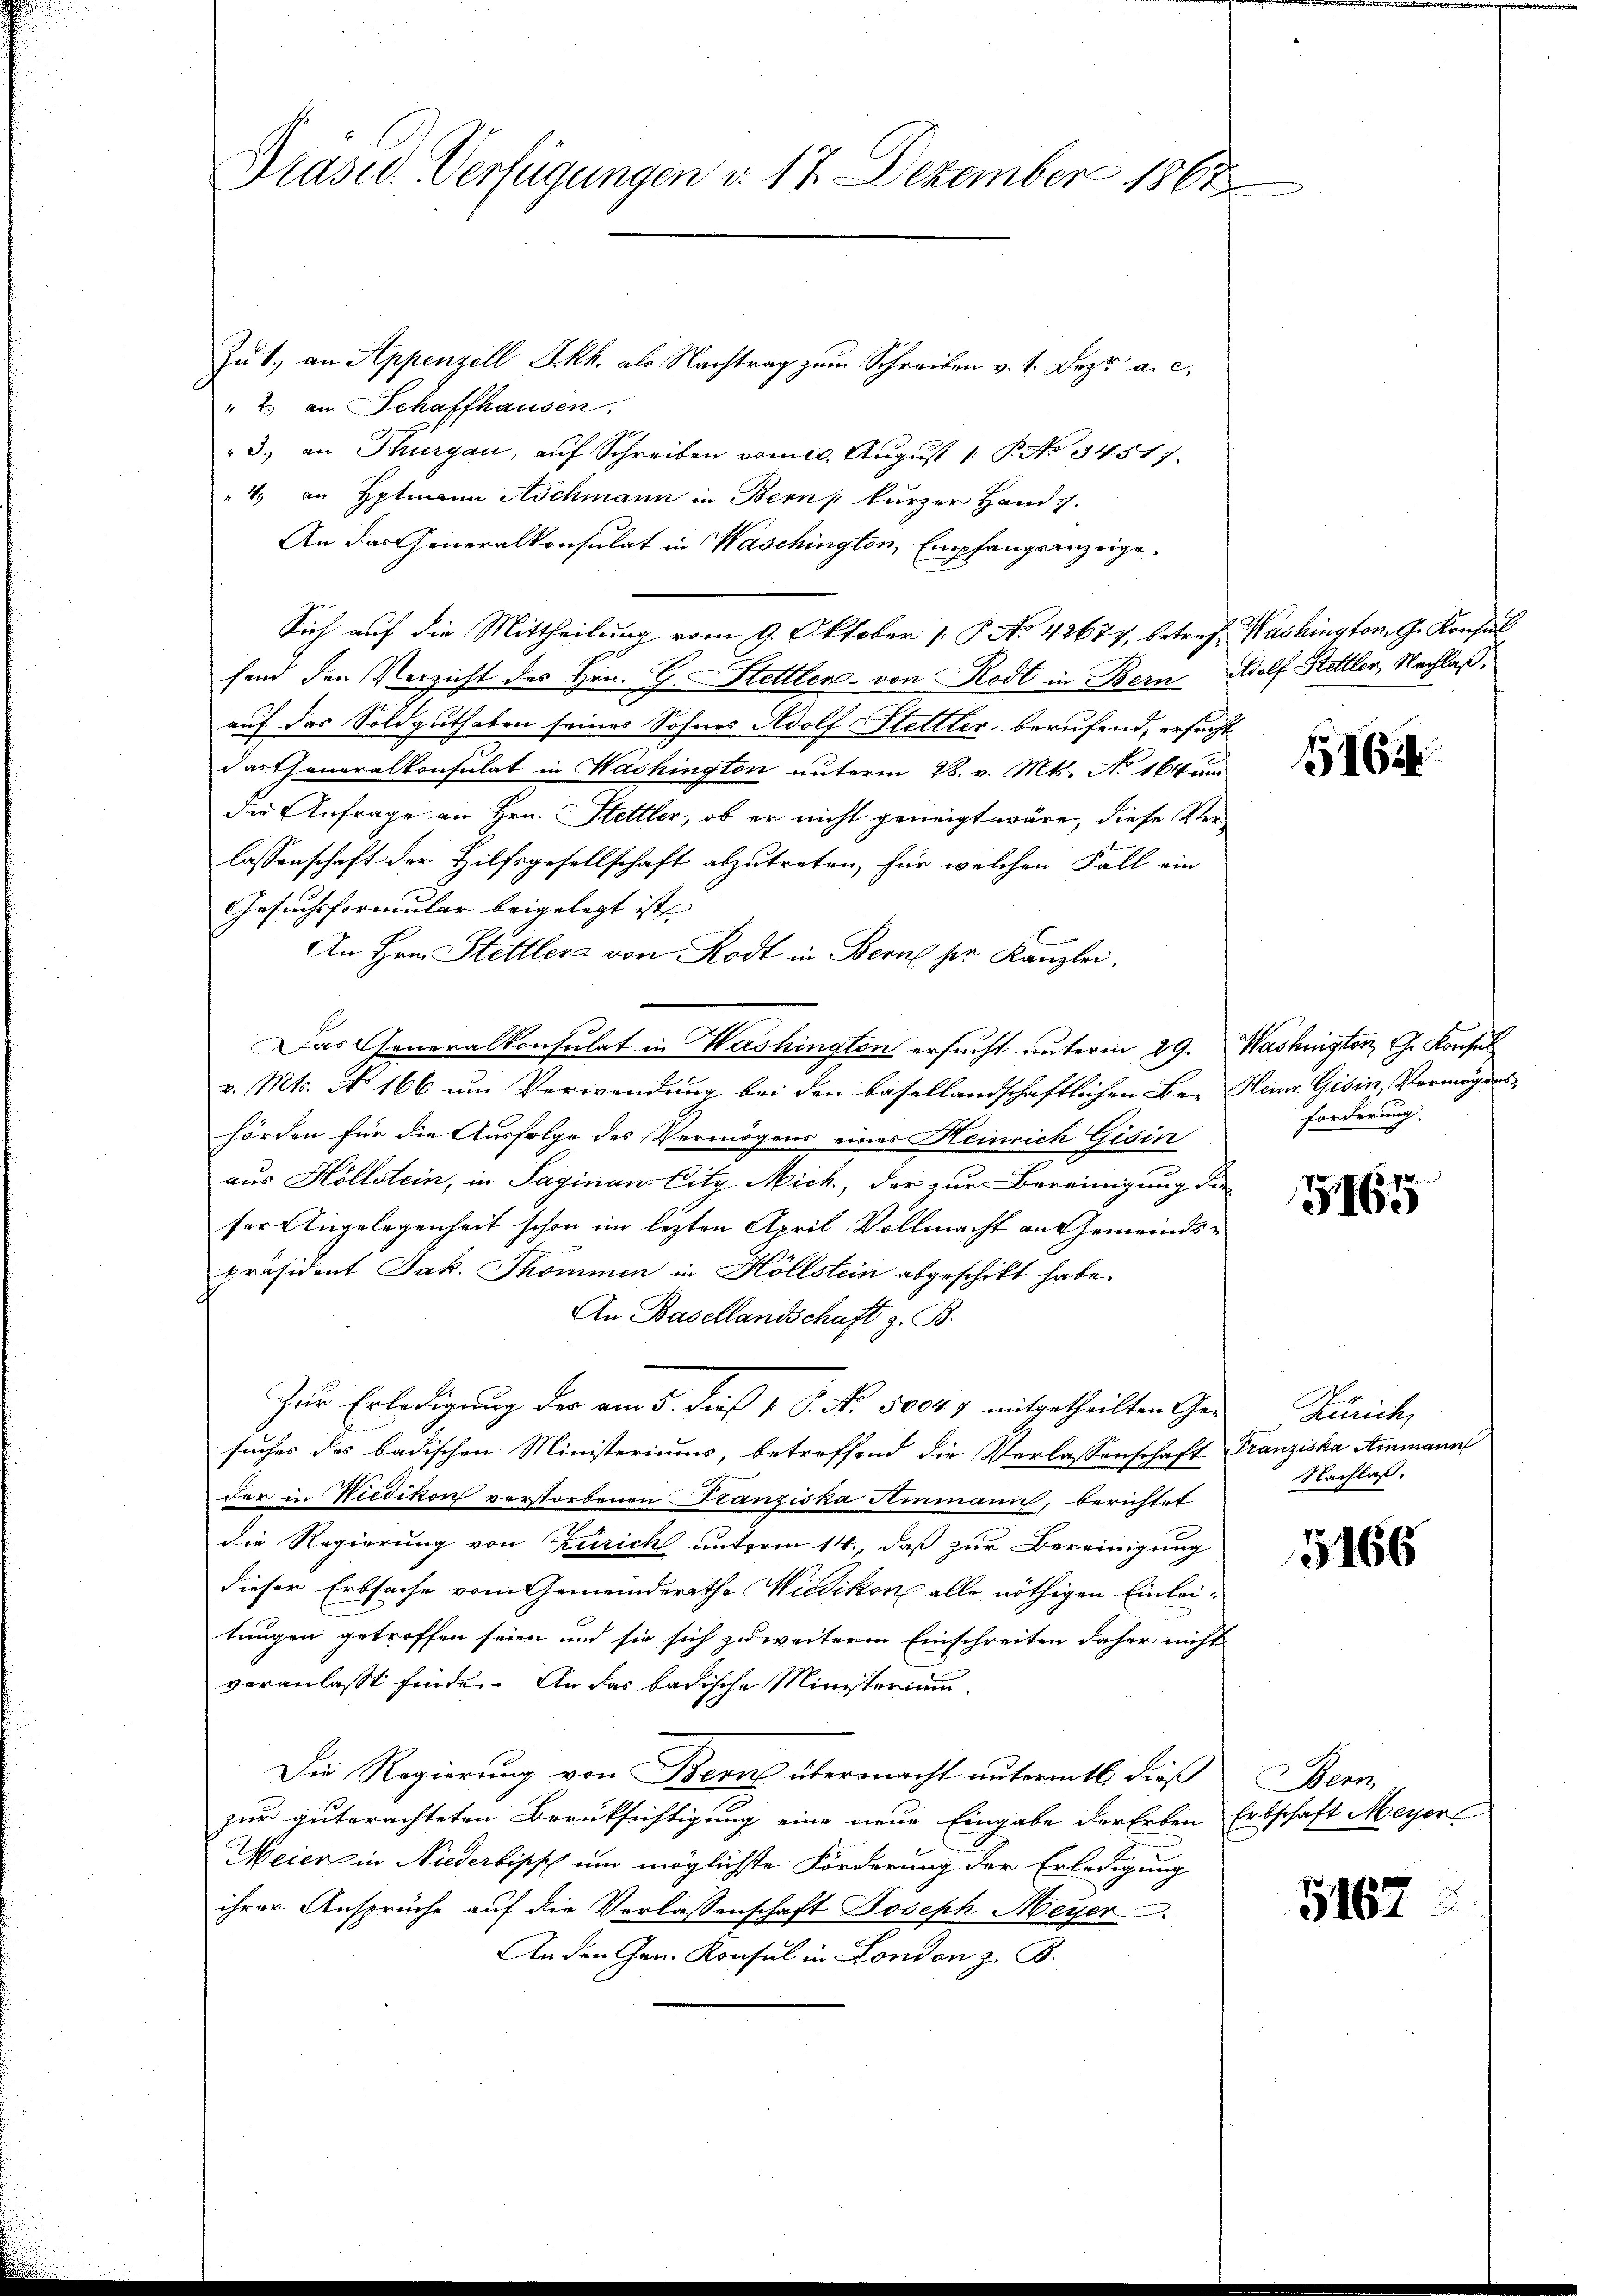
Präsid. Verfügungen d. 17. Dezember 1862

Zu 1. an Appenzell I.Rh. als Nachtrag zum Schreiben v. 1. Dez. a. c.
" 2. an Schaffhausen.
3. an Thurgau, auf Schreiben vom 20. August 1. P. No 3451).
" 4. an Hptmann Aschmann in Bern, kurzer Hand
An das Generalkonsulat in Waschington, Empfangsanzeige¬
Sich auf die Mittheilung vom 9. Oktober 1 P. No 42677, betreff Washington G. Konsul
fend den Verzicht des Hrn. G. Stettler von Rodt in Bern Adolf Hettler, Nachlaß,
auf das Soldguthaben seines Sohnes Adolf Hettler, berufend, ersucht
das Theneralkonsulat in Washington unterm 28. v. Mts. No 164 um
Die Anfrage an Hrn. Stettler, ob er nicht geneigt wäre, diese Verlassenschaft der Hilfsgesellschaft abzutreten, für welchen Fall ein
Gesuchsformular beigelegt ist
An Hrn. Hettler von Rodt in Bern sie Kanzlei.
Das Generalkonsulat in Washington ersucht unterm 29. Washington G. Konsul
v. Mts. No 166 um Verwendung bei den basellandschaftlichen Be- Heinr. Gisin, Vermögens-
hörden für die Ausfolge des Vermögens eines Heinrich Gisin
2
aus Höllstein, in Saginan City Mich, der zur Bereinigung die
ser Angelegenheit schon im lezten April Vollmacht an Gemeindspräsident Jak. Thommen in Höllstein abgeschikt habe.
An Basellandschaft z. B.
Zur Erledigung der am 5. Dieß v. J. No. 50049 mitgetheilten Gesuches des badischen Ministeriums, betreffend die Verlassenschaft Franziska Ammann
der in Niedikon verstorbenen Franziska Hinmanic, berichtet
die Regierung von Zürich unterm 14., daß zur Bereinigung
dieser Erbsache vom Gemeinderathe Wiedikon alle nöthigen Einleitungen getroffen seien und sie sich zu weiterm Einschreiten daher nicht
veranlasst finde. An das badische Ministerium
Die Regierung von Bern übermacht untermit dieß
zur guterachteten Berüksichtigung eine neue Eingabe der Erben Erbschaft Meyers
Meier in Niederlisch um möglichste Forderung der Erledigung
ihrer Ansprüche auf die Verlassenschaft Joseph Meyer
An den Gen. Konsul in London z. B.

11684

forderung

kin ein
3465

Zürich,
Nachlaß.

5166

Bern,

5167